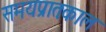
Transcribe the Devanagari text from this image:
समयप्रातःकाल